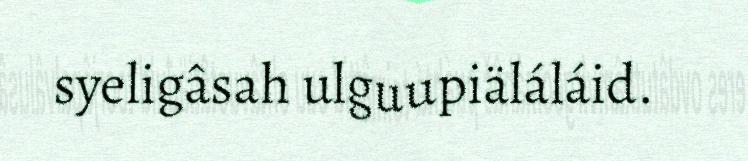
syeligâsah ulguupiäláláid.